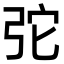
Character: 𢏋